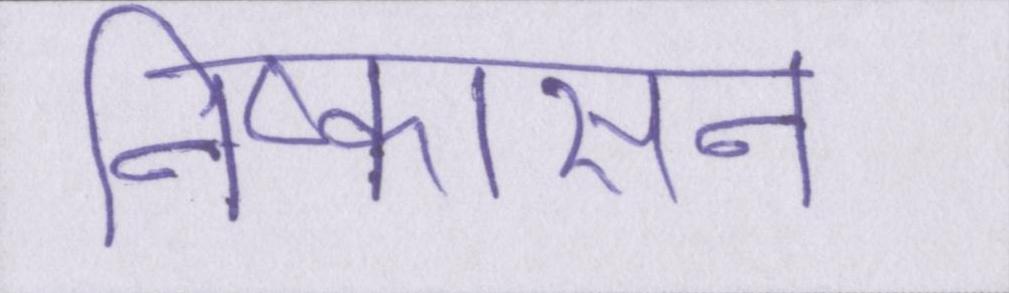
निष्कासन